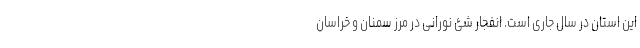
این استان در سال جاری است. انفجار شئ نورانی در مرز سمنان و خراسان